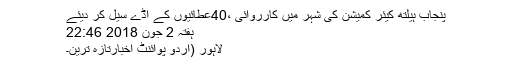
پنجاب ہیلتھ کیئر کمیشن کی شہر میں کارروائی ،40عطائیوں کے اڈے سیل کر دیئے
ہفتہ 2 جون 2018 22:46
لاہور (اُردو پوائنٹ اخبارتازہ ترین۔